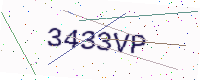
Text: 3433VP